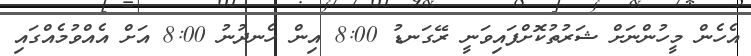
އެހެން މީހުންނަށް ޝަރުތުކޮށްފައިވަނީ ރޭގަނޑު 8:00 އިން ހެނދުނު 8:00 އަށް އެއްވުމެއްގައި